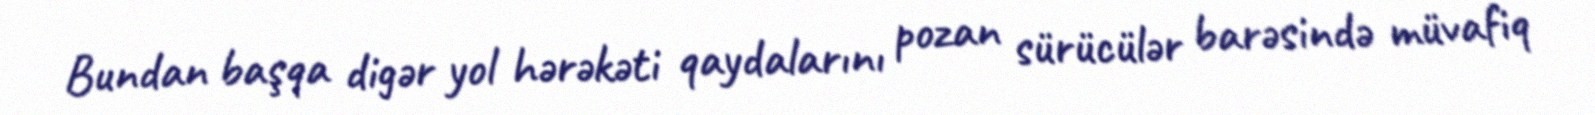
Bundan başqa digər yol hərəkəti qaydalarını pozan sürücülər barəsində müvafiq